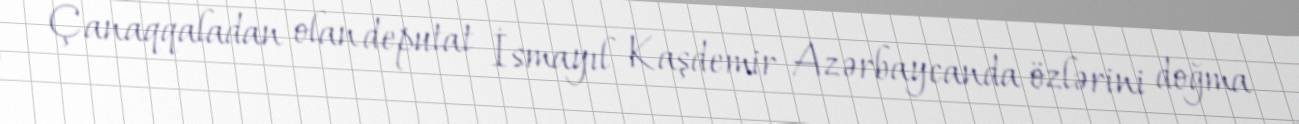
Çanaqqaladan olan deputat İsmayıl Kaşdemir Azərbaycanda özlərini doğma